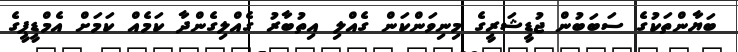
ބަޔާންތަކުގެ ސަބަބުން ޖުޑީޝަރީގެ މިނިވަންކަން ގެއްލި އިތުބާރު ގެއްލިގެންދާ ކަމެއް ކަމަށް އެމްޑީޕީގެ